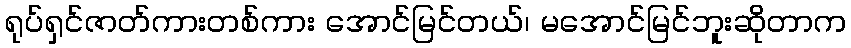
ရုပ်ရှင်ဇာတ်ကားတစ်ကား အောင်မြင်တယ်၊ မအောင်မြင်ဘူးဆိုတာက